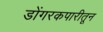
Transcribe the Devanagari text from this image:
डोंगरकपारीतून